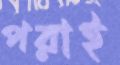
পরাই